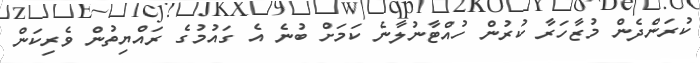
ކުރަންދެން މުޒާހަރާ ކުރުން ހުއްޓާނުލާނެ ކަމަށް ބުނެ އެ ގައުމުގެ ރައްޔިތުން ވެރިކަން